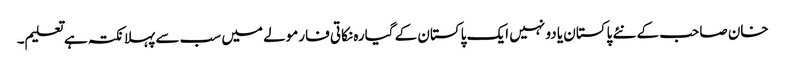
خان صاحب کے نئے پاکستان یا دو نہیں ایک پاکستان کے گیارہ نکاتی فارمولے میں سب سے پہلا نکتہ ہے تعلیم۔